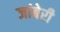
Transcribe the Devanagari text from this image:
जांबेरी